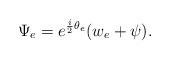
LaTeX: \begin{align*}\Psi_e= e^{\frac i2\theta_e} (w_e+\psi).\end{align*}